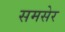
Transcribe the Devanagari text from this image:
समसेर